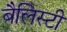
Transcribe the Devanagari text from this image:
बैलिस्टी